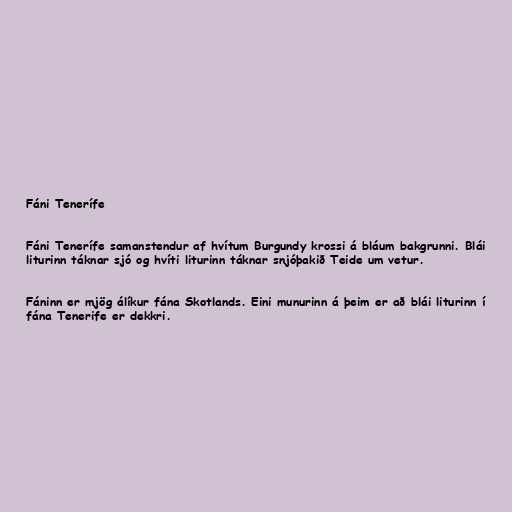
Fáni Tenerífe

Fáni Tenerífe samanstendur af hvítum Burgundy krossi á bláum bakgrunni. Blái
liturinn táknar sjó og hvíti liturinn táknar snjóþakið Teide um vetur.

Fáninn er mjög álíkur fána Skotlands. Eini munurinn á þeim er að blái liturinn í
fána Tenerife er dekkri.